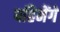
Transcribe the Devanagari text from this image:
पहिनेंगे